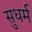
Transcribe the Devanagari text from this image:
सुधर्म